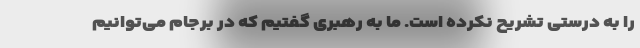
را به درستی تشریح نکرده است. ما به رهبری گفتیم که در برجام می‌توانیم